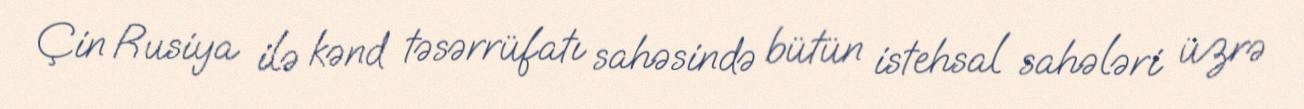
Çin Rusiya ilə kənd təsərrüfatı sahəsində bütün istehsal sahələri üzrə